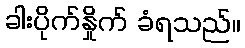
ခါးပိုက်နှိုက် ခံရသည်။